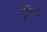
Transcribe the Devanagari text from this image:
ट्रालियाँ